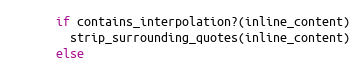
Language: Ruby
      if contains_interpolation?(inline_content)
        strip_surrounding_quotes(inline_content)
      else